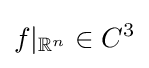
f|_{\mathbb {R} ^{n}}\in C^{3}